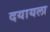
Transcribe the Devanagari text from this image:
दयायला